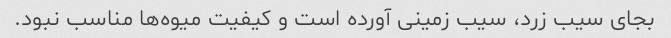
بجای سیب زرد، سیب زمینی آورده است و کیفیت میوه‌ها مناسب نبود.